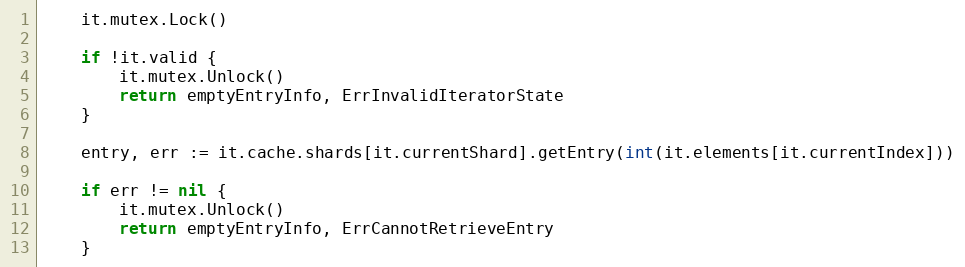
Language: Go
	it.mutex.Lock()

	if !it.valid {
		it.mutex.Unlock()
		return emptyEntryInfo, ErrInvalidIteratorState
	}

	entry, err := it.cache.shards[it.currentShard].getEntry(int(it.elements[it.currentIndex]))

	if err != nil {
		it.mutex.Unlock()
		return emptyEntryInfo, ErrCannotRetrieveEntry
	}